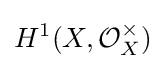
H^{1}(X,{\mathcal {O}}_{X}^{\times })